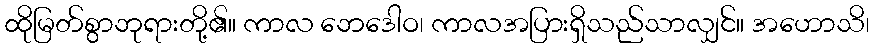
ထိုမြတ်စွာဘုရားတို့၏။ ကာလ ဘေဒေါဝ၊ ကာလအပြားရှိသည်သာလျှင်။ အဟောသိ၊